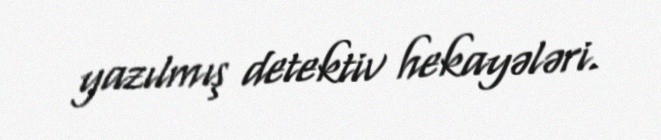
yazılmış detektiv hekayələri.